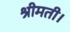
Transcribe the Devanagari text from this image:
श्रीमती।